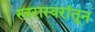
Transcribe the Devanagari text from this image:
स्वरास्वरांतून